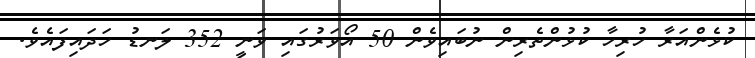
ކުޅެންއަރާ ހުރިހާ ކުޅުންތެރިން ނުބައިވެން 50 އޯވަރުގައި ވަނީ 352 ލަނޑު ހަދައިފައެވެ.